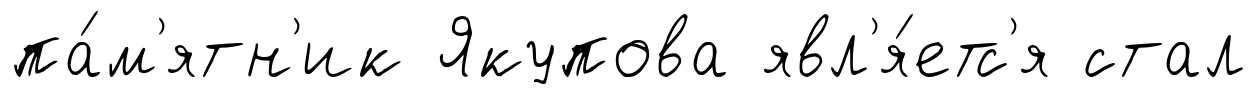
па́м'ятн'ик Якупова явл'я́етс'я стал